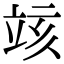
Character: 𥩲